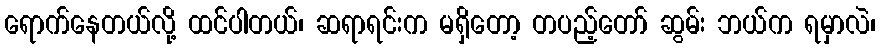
ရောက်နေတယ်လို့ ထင်ပါတယ်၊ ဆရာရင်းက မရှိတော့ တပည့်တော် ဆွမ်း ဘယ်က ရမှာလဲ၊